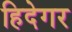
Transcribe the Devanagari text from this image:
हिदेगर